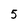
Character: 5